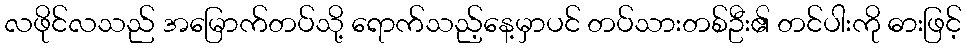
လဖိုင်လသည် အမြောက်တပ်သို့ ရောက်သည့်နေ့မှာပင် တပ်သားတစ်ဦး၏ တင်ပါးကို ဓားဖြင့်